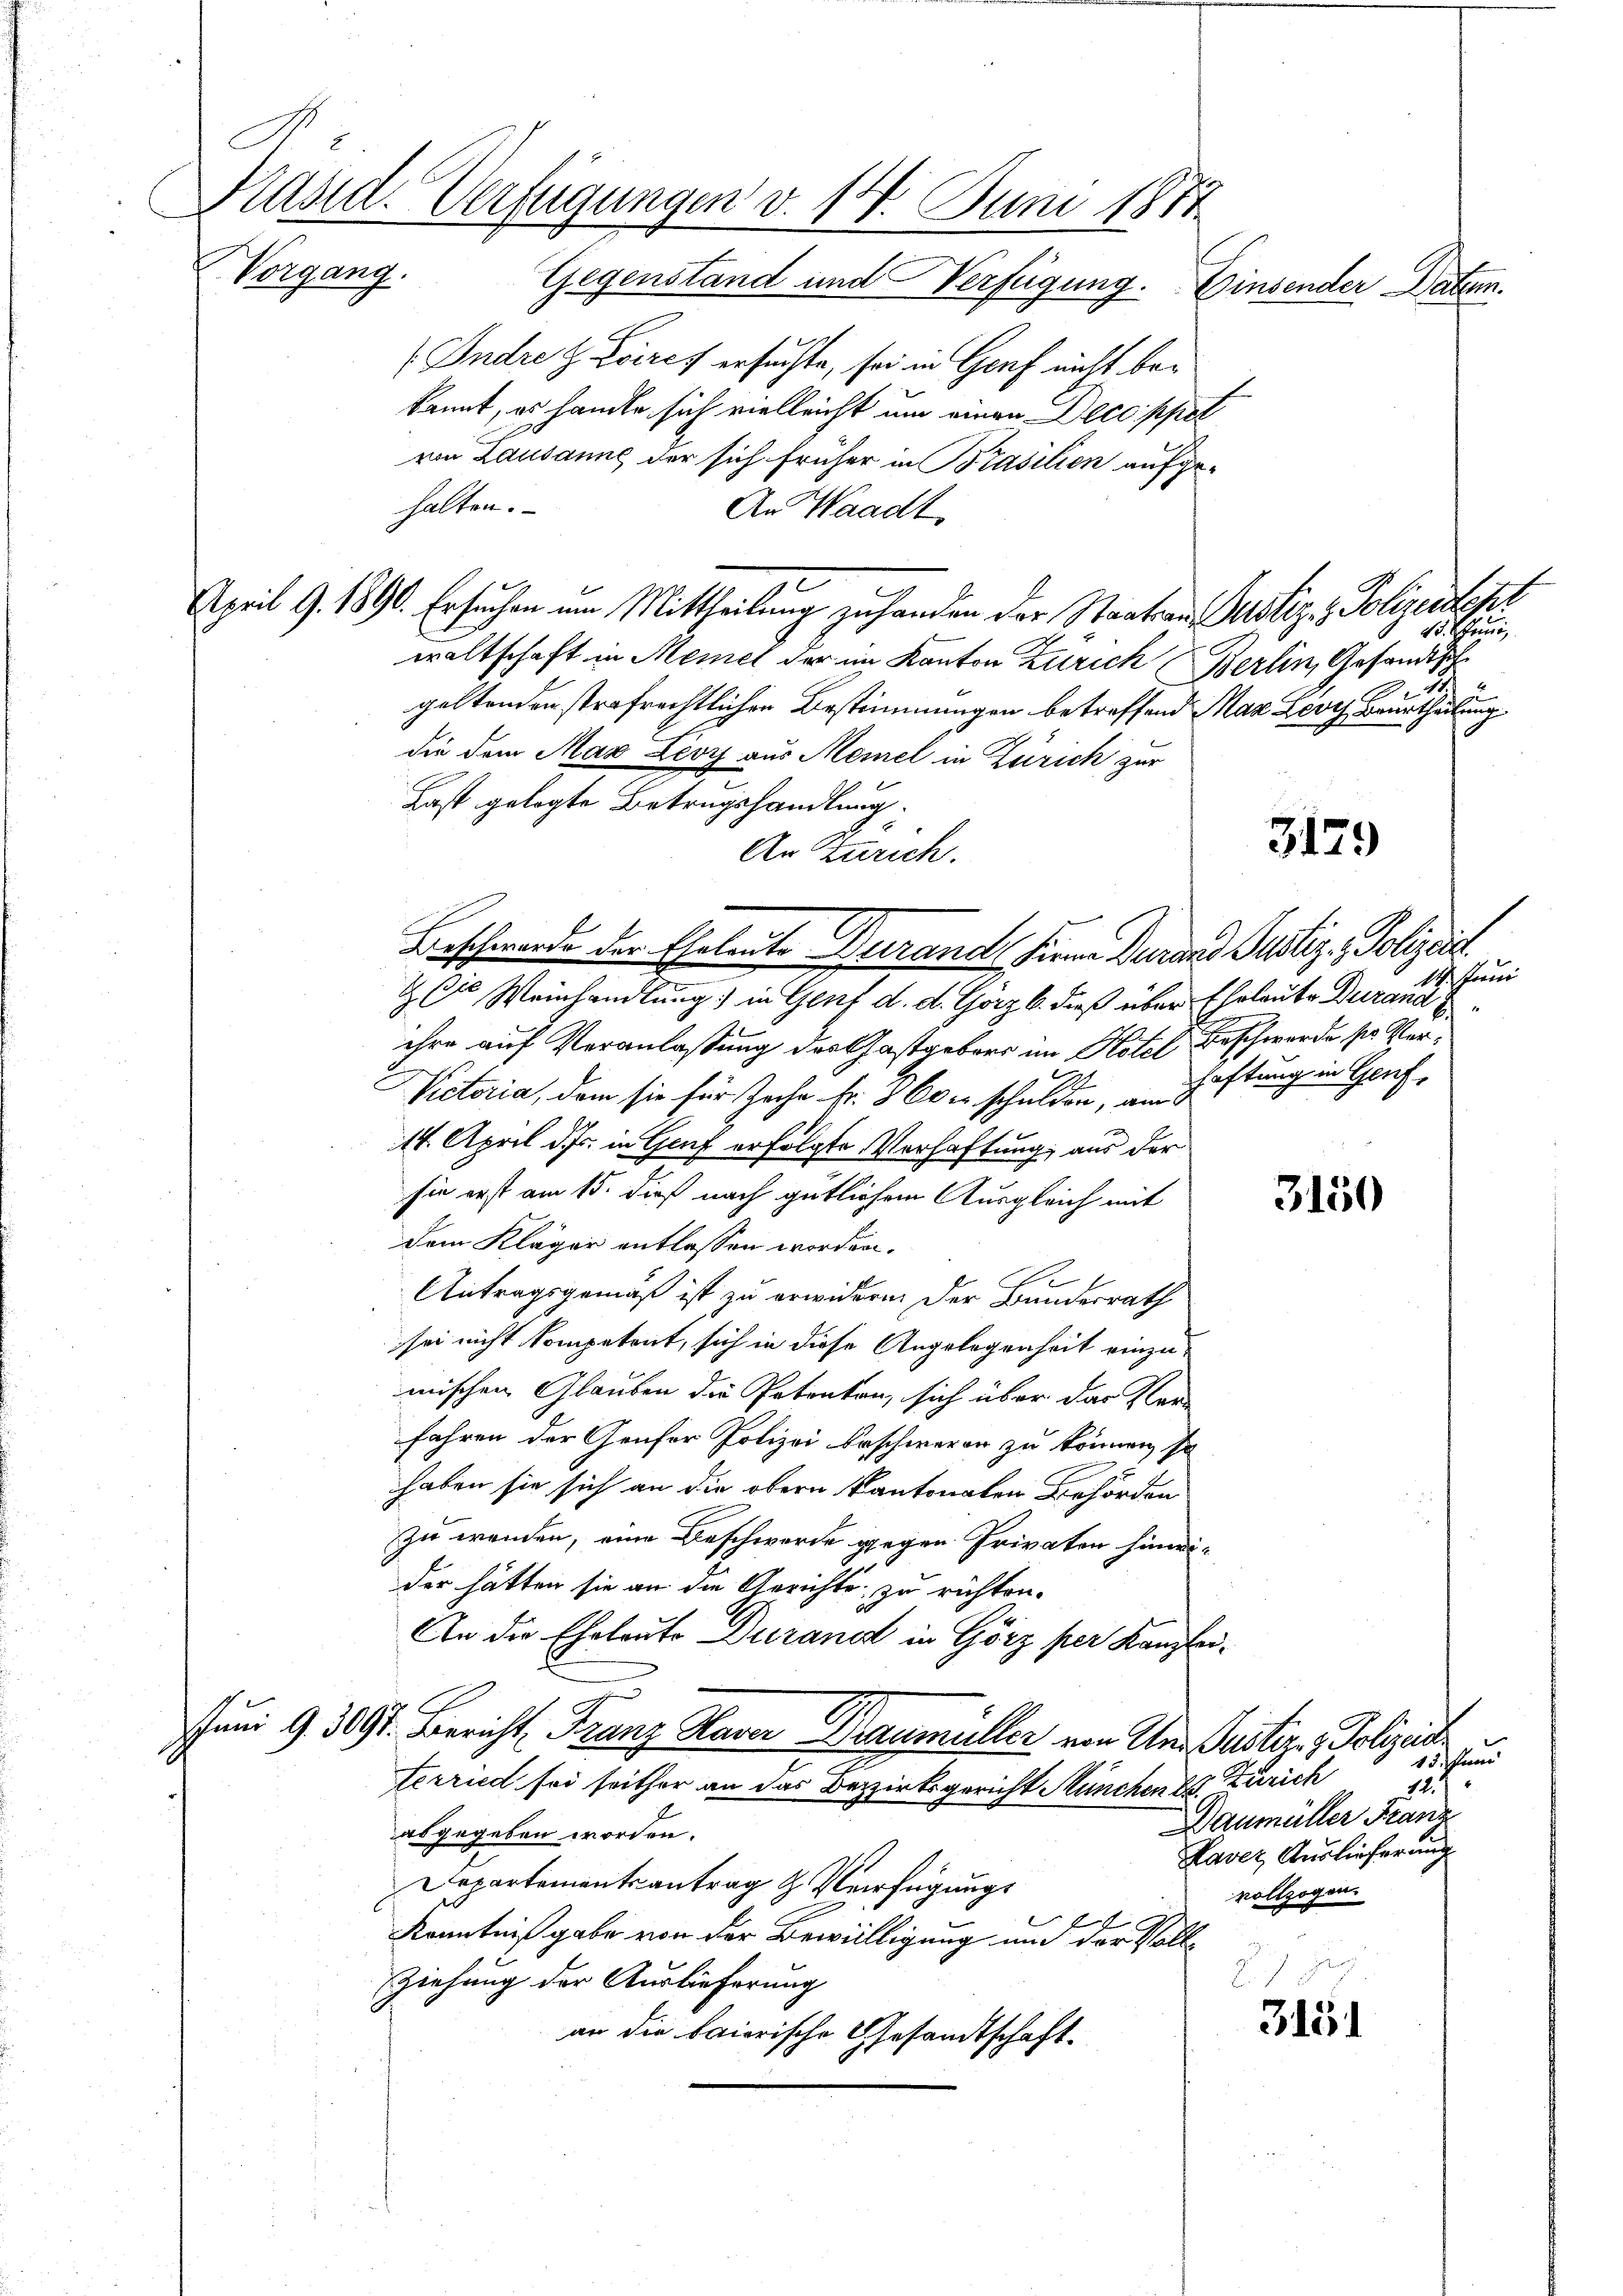
Präsid. Verfügungen v. 14. Juni 1871
Vorgang. Gegenstand und Verfügung.
Einsender Datum.

Indre z. Lores ersuchte, sei in Genf nicht be¬
1
kannt, es handle sich vielleicht um einen Decoppel
von Lausanne der sich früher in Brasilien aufge-
halten.
An Waadt
April 9. 1890. Ersuchen um Mittheilung zu handen der Staatsans Justiz- & Polizeidest
waltschaft in Meiel der im Kanton Zürich Berlin, Gesandtsch
geltenden strafrechtlichen Bestimmungen betreffend Max Lorch Beurtheilung
die dem Max Leoy aus Meiel in Zürich zur
Last gelegte Betrugshandlung.
An Zürich.
Beschwerde der Eheleute Durand, Firne Daraus Justiz - Polizeist
& Cie Weinhandlung) in Genf d. d. Görz l. dieß über Eheleute Durand
ihre auf Veranlaßung des Gastgebers im Hotel Beschwerde ser Neu
9.
Rictoria, dem sie für Zeche Fr. 3 Oder schulden, an Haftung in Genf,
14. April d. Js. in Genf erfolgte Verhaftung, aus der
sie erst am 15. dieß nach gütlichem Ausgleich mit
dem Kläger entlassen worden.
Antragsgemäß ist zu erwidere. Der Bundesrath
sei nicht kompetent, sich in diese Angelegenheit einzu-
mischen Glauben die Petenten, sich über das Verfahren der Genfer Polizei Erschweren zu können, so
haben sie sich an die obern kantonalen Behörden
zu wenden, eine Beschwerde gegen Privaten hinwi
der hätten sie an die Gerichts zu richten.
An die Eheleute Durand in Görz per Kanzlei-
G.
Juni 9 3091. Bericht Franz Haver Braumüller von An- Justiz, Polizeid
Verried sei seither an das Bezirksgericht München B. Zürich
Daumüller Franz
abgegeben worden.
Paver Auslieferung
Departementsantrag & Verfügungs
vollzogen.
e
Kenntniß gabe von der Bewilligung und der Voll¬
Ziehung der Auslieferung
315.
an die baierische Gesandtschaft.

45. Steini

3129

14. Juni

3150

15 Ihren
11.